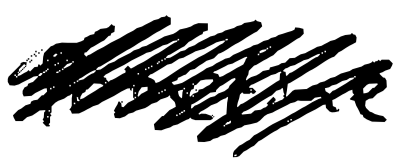
Text: Primetime
Cross-out: scratch
Writing tool: digital_black